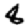
Digit: 8